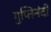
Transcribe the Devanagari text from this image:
गुप्तिनंदी